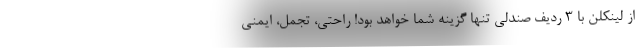
از لینکلن با 3 ردیف صندلی تنها گزینه شما خواهد بود! راحتی، تجمل، ایمنی